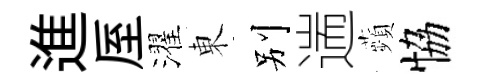
進厔濯東别遄蘋恊